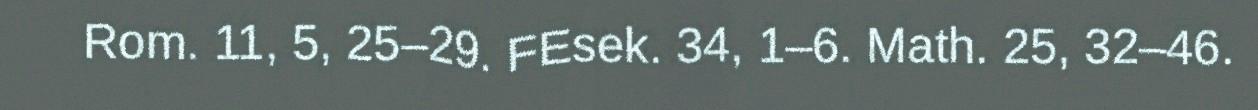
Rom. 11, 5, 25–29. FEsek. 34, 1–6. Math. 25, 32–46.